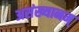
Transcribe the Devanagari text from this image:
असंख्यानम्‌